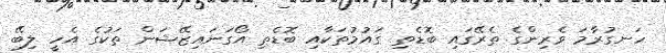
ހަނގުރާމަ ވެރިންގެ ތެރޭގައި ބޮޑެތި ގައުމުތަކާއި ބޮޑެތި އޯގަނައިޒޭޝަން ތަކުގެ އެހީ ލިބޭ